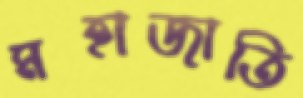
মহাজাতি